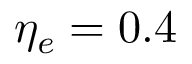
\eta _ { e } = 0 . 4